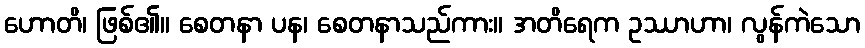
ဟောတိ၊ ဖြစ်၏။ စေတနာ ပန၊ စေတနာသည်ကား။ အတိရေက ဥဿာဟာ၊ လွန်ကဲသော